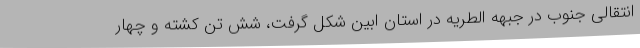
انتقالی جنوب در جبهه الطریه در استان ابین شکل گرفت، شش تن کشته و چهار